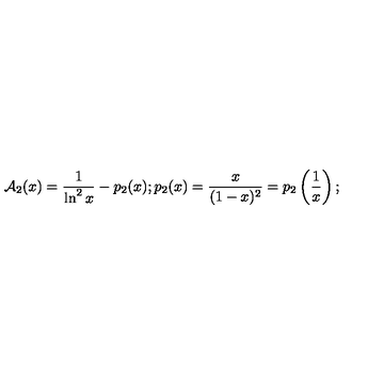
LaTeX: { \cal A } _ { 2 } ( x ) = \frac { 1 } { \ln ^ { 2 } x } - p _ { 2 } ( x ) ; p _ { 2 } ( x ) = \frac { x } { ( 1 - x ) ^ { 2 } } = p _ { 2 } \left( \frac { 1 } { x } \right) ;